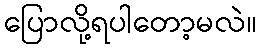
ပြောလို့ရပါတော့မလဲ။